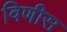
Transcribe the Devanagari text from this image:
विणीस